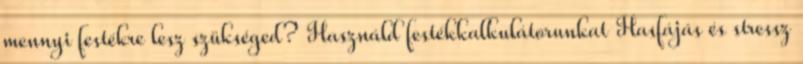
mennyi festékre lesz szükséged? Használd festékkalkulátorunkat Hasfájás és stressz